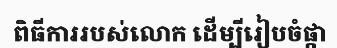
ពិធីការរបស់លោក ដើម្បីរៀបចំផ្កា